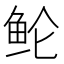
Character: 𱇗